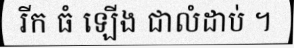
រីក ធំ ឡើង ជាលំដាប់ ។